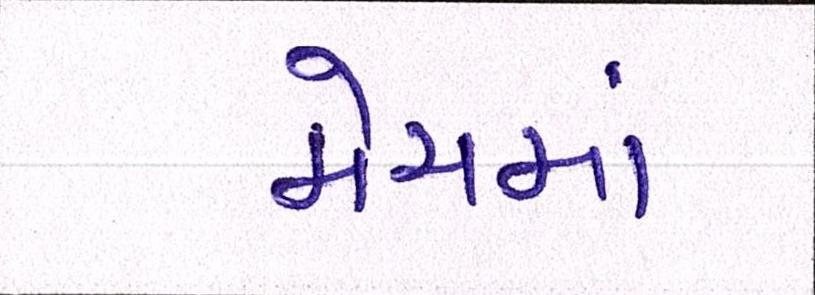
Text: મેચમાં